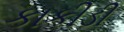
કાકીડી